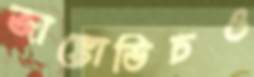
জাঙ্কোভিচও